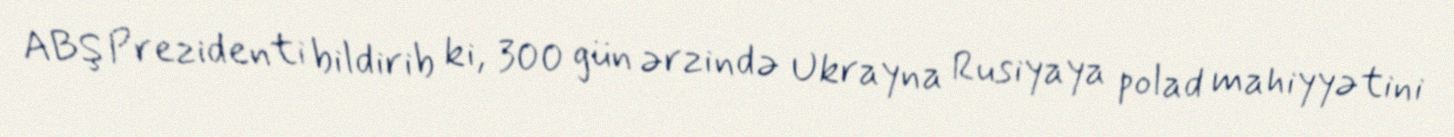
ABŞ Prezidenti bildirib ki, 300 gün ərzində Ukrayna Rusiyaya polad mahiyyətini